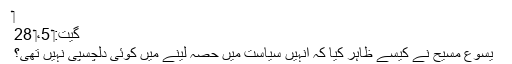
‏
گیت:‏ 5،‏ 28
یسوع مسیح نے کیسے ظاہر کِیا کہ اُنہیں سیاست میں حصہ لینے میں کوئی دلچسپی نہیں تھی؟